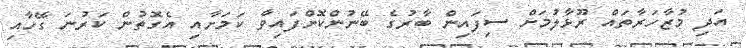
އަދި މުޒާހަރާތައް ރޫޅާލުމަށް ސިފައިން ބާރުގެ ބޭނުންކޮށްފައިވާ ކަމަށާއި އެގޮތުން ކަރުނަ ގޭހާއި